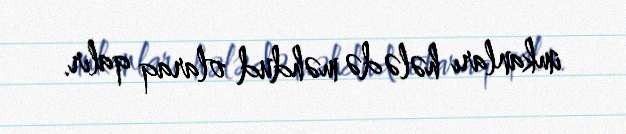
imkanları hələ də məhdud olaraq qalır.